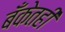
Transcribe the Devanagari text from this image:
बँकेतही